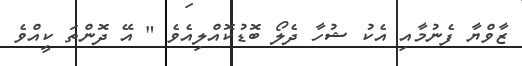
ޒާވްޔާ ފެނުމާއި އެކު ޝުހާ ދެލޯ ބޮޑުކޮއްލިއެވެ " އޭ ދޮންތަ ކީއްވެ